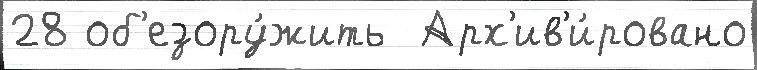
28 об'езору́жить  Арх'ив'и́ровано